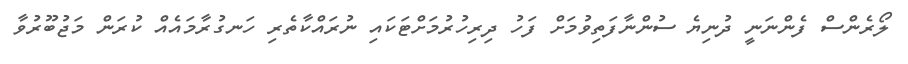
ލޯރެންސް ފެންނަނީ ދުނިޔެ ސުންނާފަތިވުމަށް ފަހު ދިރިހުރުމަށްޓަކައި ނުރައްކާތެރި ހަނގުރާމައެއް ކުރަން މަޖުބޫރުވާ